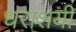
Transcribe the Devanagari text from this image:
धराशयी